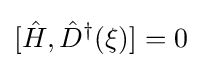
[{\hat {H}},{\hat {D}}^{\dagger }(\xi )]=0